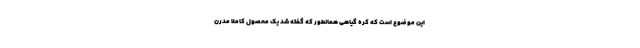
این موضوع است که کره گیاهی همانطور که گفته شد یک محصول کاملا مدرن